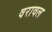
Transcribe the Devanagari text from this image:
वरावल